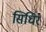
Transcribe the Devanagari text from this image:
सिधिर